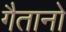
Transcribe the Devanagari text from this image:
गैतानो